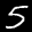
Label: 5